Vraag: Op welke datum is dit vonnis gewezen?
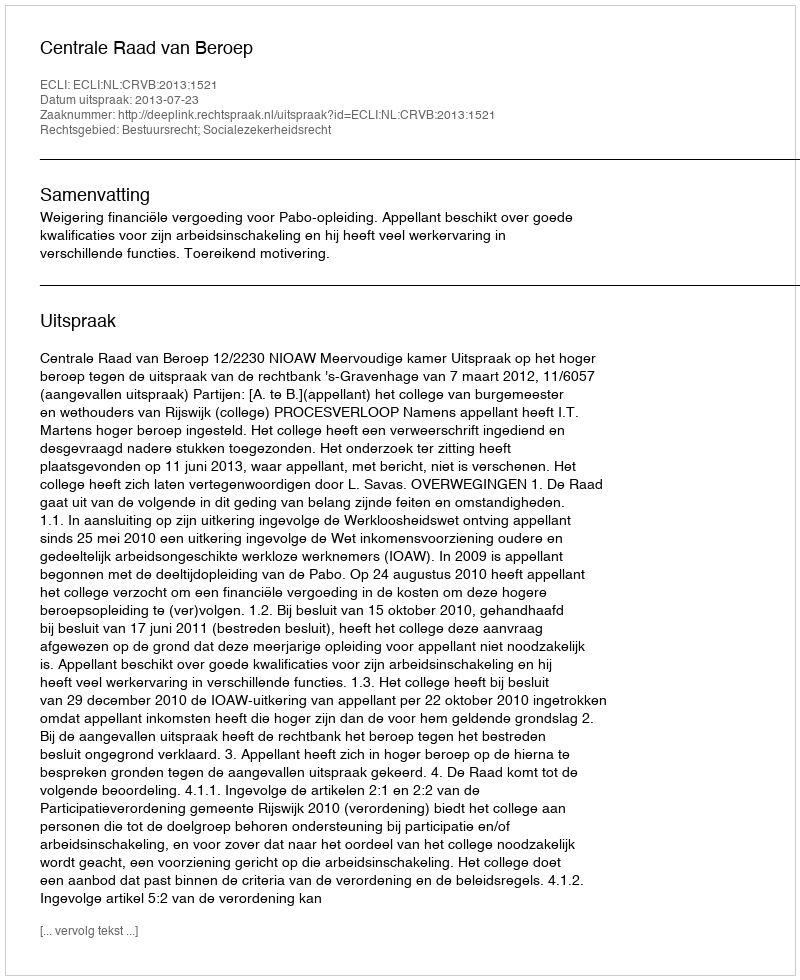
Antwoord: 2013-07-23